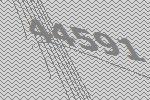
44591